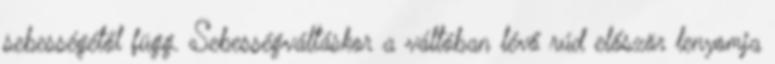
sebességétől függ. Sebességváltáskor a váltóban lévő rúd először lenyomja